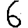
Digit: 6